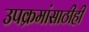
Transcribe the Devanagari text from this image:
उपक्रमांसाठीही